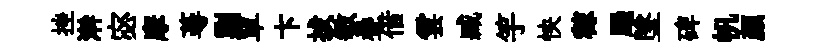
挫澣宓摩蕚剿單卞拔敏疊借雲臧竽怏稼颺墜碑帆顔